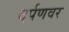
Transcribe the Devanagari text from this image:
दर्पणवर